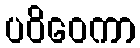
ပဝိဝေကာ